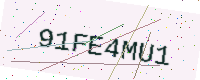
Text: 91FE4MU1